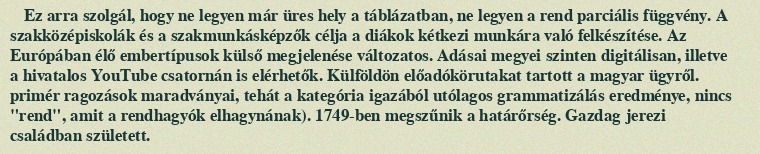
Ez arra szolgál, hogy ne legyen már üres hely a táblázatban, ne legyen a rend parciális függvény. A szakközépiskolák és a szakmunkásképzők célja a diákok kétkezi munkára való felkészítése. Az Európában élő embertípusok külső megjelenése változatos. Adásai megyei szinten digitálisan, illetve a hivatalos YouTube csatornán is elérhetők. Külföldön előadókörutakat tartott a magyar ügyről. primér ragozások maradványai, tehát a kategória igazából utólagos grammatizálás eredménye, nincs "rend", amit a rendhagyók elhagynának). 1749-ben megszűnik a határőrség. Gazdag jerezi családban született.